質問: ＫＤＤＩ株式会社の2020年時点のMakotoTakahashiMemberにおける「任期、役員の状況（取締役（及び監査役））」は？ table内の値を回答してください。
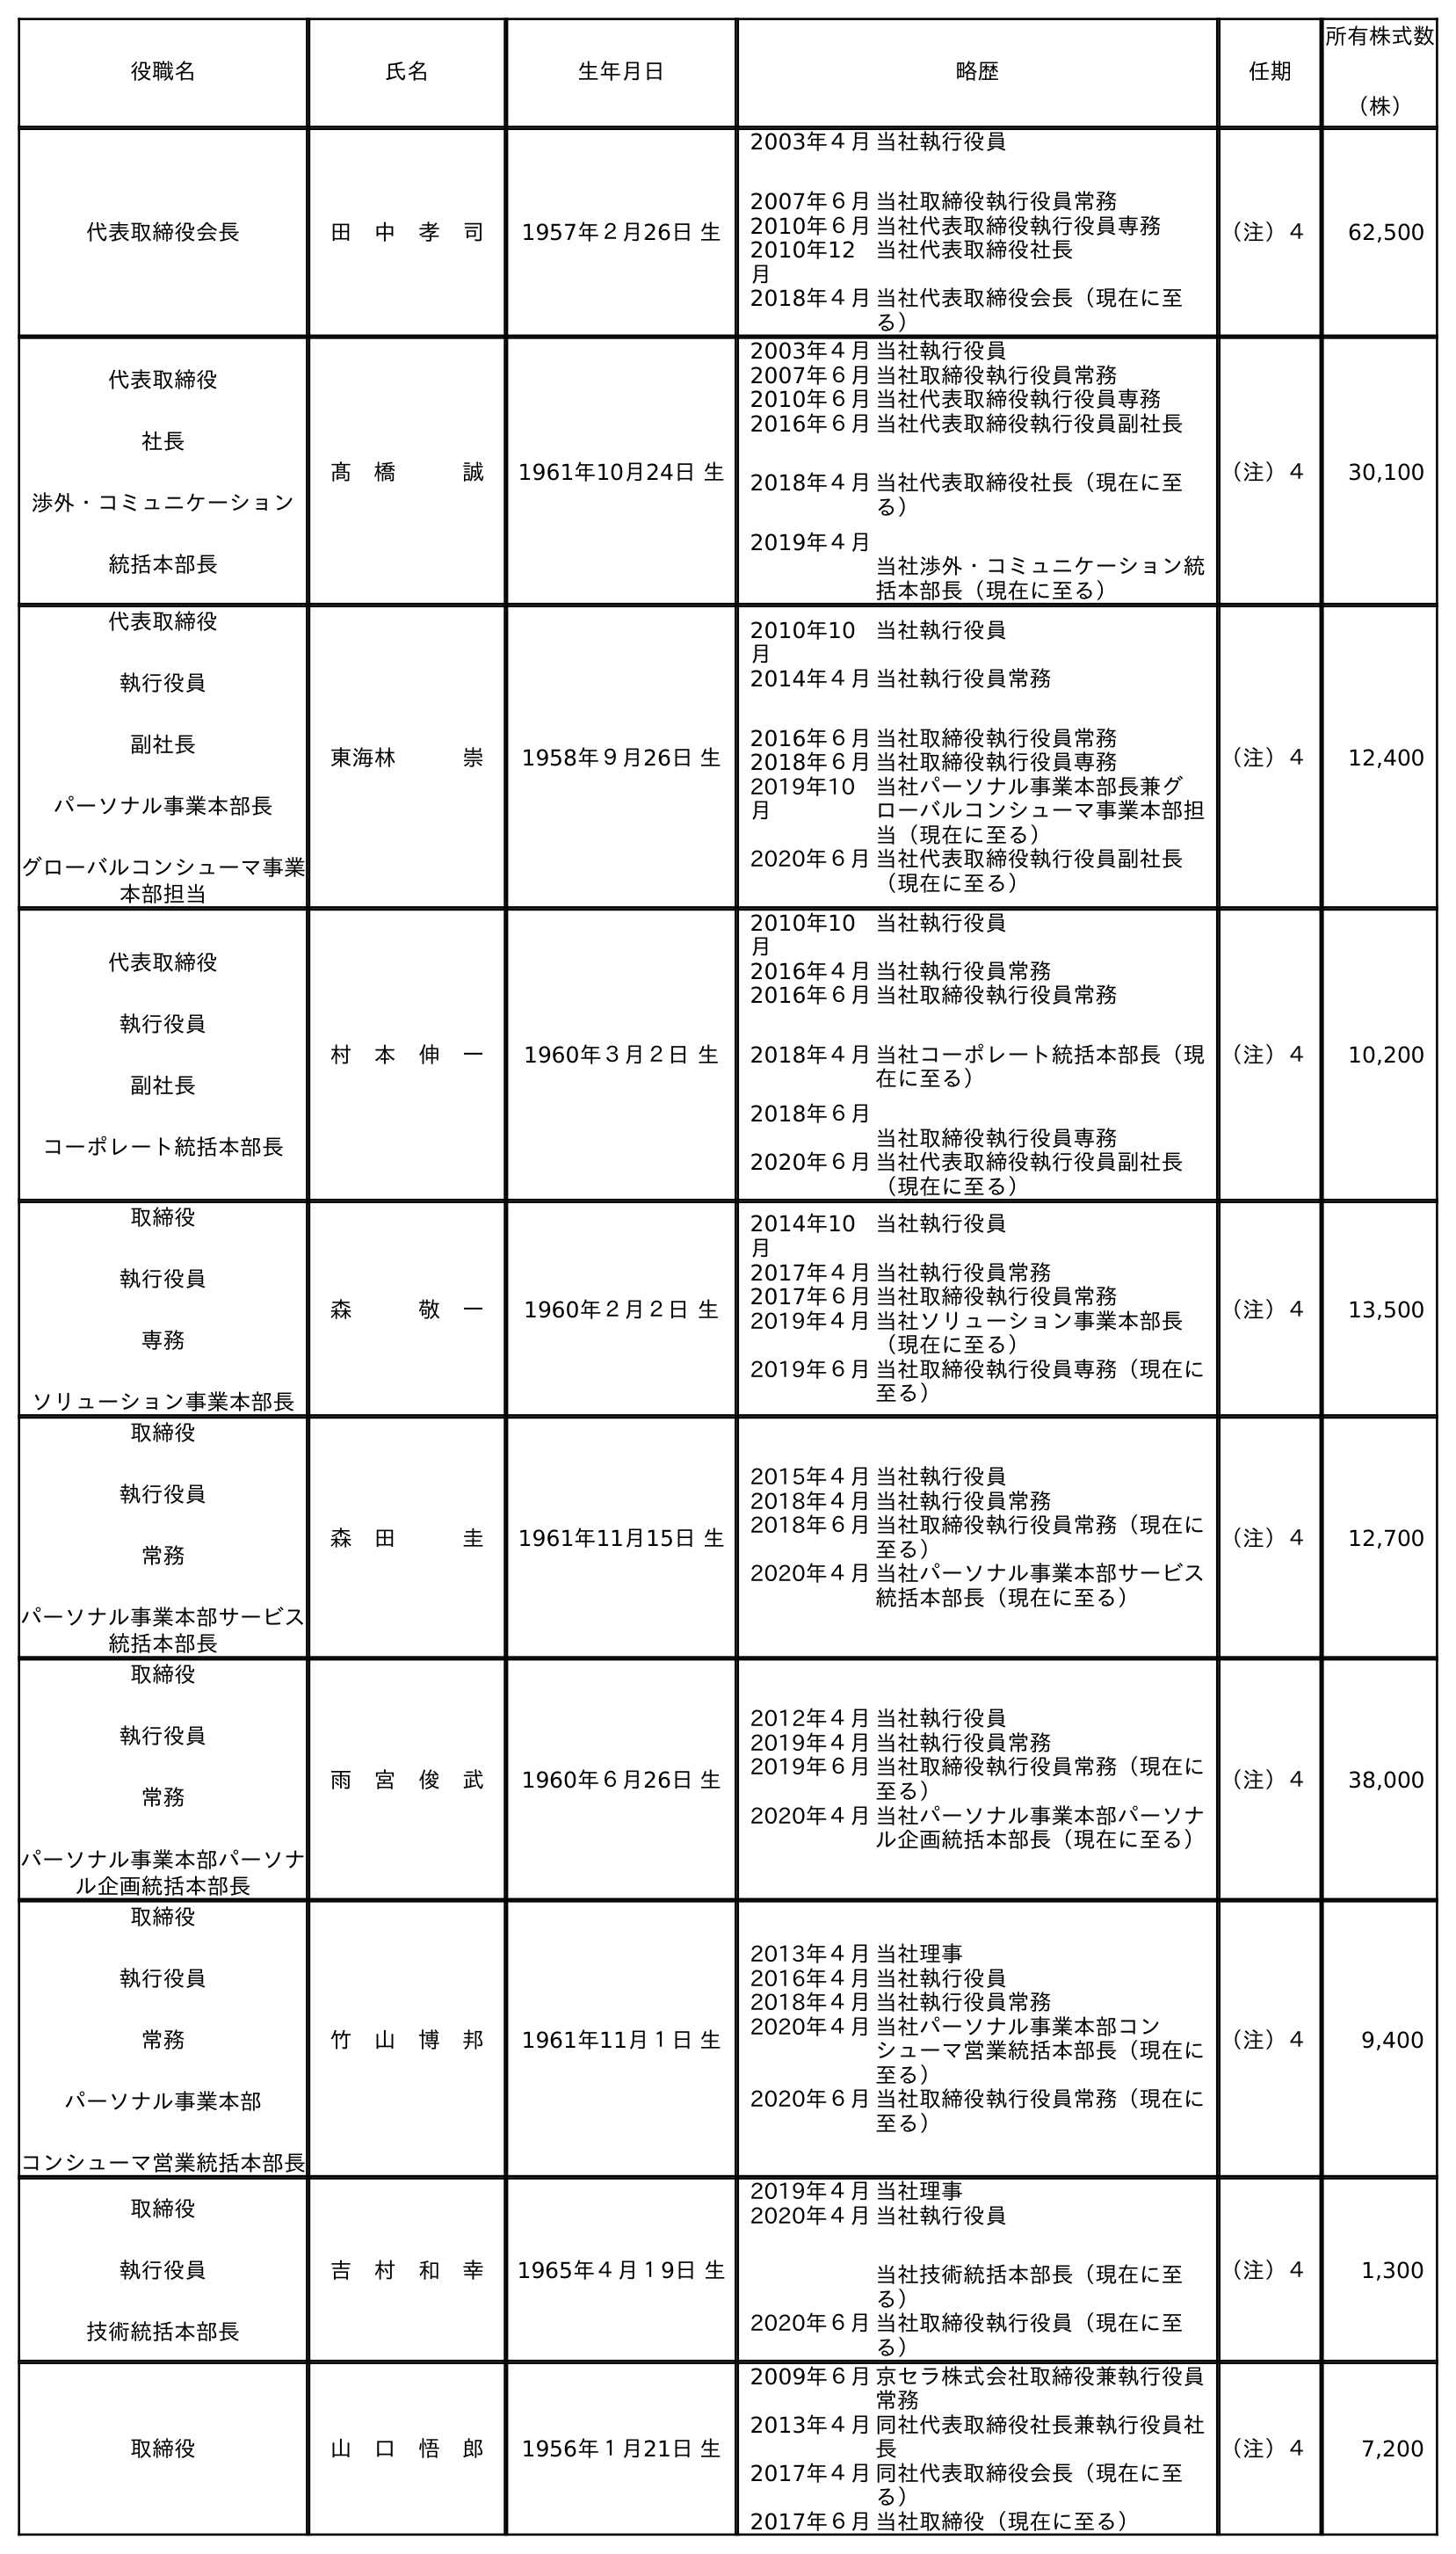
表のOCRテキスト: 役職名 氏名 生年月日 略歴 任期 所有株式数 （株） 代表取締役会長 田 中 孝 司 1957年２月26日 生 2003年４月 2007年６月 当社執行役員 当社取締役執行役員常務 2010年６月当社代表取締役執行役員専務 2010年12 月 当社代表取締役社長 2018年４月当社代表取締役会長（現在に至 る） （注）４ 62,500 代表取締役 社長 渉外・コミュニケーション 統括本部長 髙 橋   誠 1961年10月24日 生 2003年４月当社執行役員 2007年６月当社取締役執行役員常務 2010年６月当社代表取締役執行役員専務 2016年６月 2018年４月 2019年４月 当社代表取締役執行役員副社長 当社代表取締役社長（現在に至 る） 当社渉外・コミュニケーション統 括本部長（現在に至る） （注）４ 30,100 代表取締役 執行役員 副社長 パーソナル事業本部長 グローバルコンシューマ事業 本部担当 東海林   崇 1958年９月26日 生 2010年10 月 当社執行役員 2014年４月 2016年６月 当社執行役員常務 当社取締役執行役員常務 2018年６月当社取締役執行役員専務 2019年10 月 当社パーソナル事業本部長兼グ ローバルコンシューマ事業本部担 当（現在に至る） 2020年６月当社代表取締役執行役員副社長 （現在に至る） （注）４ 12,400 代表取締役 執行役員 副社長 コーポレート統括本部長 村 本 伸 一 1960年３月２日 生 2010年10 月 当社執行役員 2016年４月当社執行役員常務 2016年６月 2018年４月 2018年６月 当社取締役執行役員常務 当社コーポレート統括本部長（現 在に至る） 当社取締役執行役員専務 2020年６月当社代表取締役執行役員副社長 （現在に至る） （注）４ 10,200 取締役 執行役員 専務 ソリューション事業本部長 森   敬 一 1960年２月２日 生 2014年10 月 当社執行役員 2017年４月当社執行役員常務 2017年６月当社取締役執行役員常務 2019年４月当社ソリューション事業本部長 （現在に至る） 2019年６月当社取締役執行役員専務（現在に 至る） （注）４ 13,500 取締役 執行役員 常務 パーソナル事業本部サービス 統括本部長 森 田   圭 1961年11月15日 生 2015年４月当社執行役員 2018年４月当社執行役員常務 2018年６月当社取締役執行役員常務（現在に 至る） 2020年４月当社パーソナル事業本部サービス 統括本部長（現在に至る） （注）４ 12,700 取締役 執行役員 常務 パーソナル事業本部パーソナ ル企画統括本部長 雨 宮 俊 武 1960年６月26日 生 2012年４月当社執行役員 2019年４月当社執行役員常務 2019年６月当社取締役執行役員常務（現在に 至る） 2020年４月当社パーソナル事業本部パーソナ ル企画統括本部長（現在に至る） （注）４ 38,000 取締役 執行役員 常務 パーソナル事業本部 コンシューマ営業統括本部長 竹 山 博 邦 1961年11月１日 生 2013年４月当社理事 2016年４月当社執行役員 2018年４月当社執行役員常務 2020年４月当社パーソナル事業本部コン シューマ営業統括本部長（現在に 至る） 2020年６月当社取締役執行役員常務（現在に 至る） （注）４ 9,400 取締役 執行役員 技術統括本部長 吉 村 和 幸 1965年４月１9日 生 2019年４月当社理事 2020年４月当社執行役員 当社技術統括本部長（現在に至 る） 2020年６月当社取締役執行役員（現在に至 る） （注）４ 1,300 取締役 山 口 悟 郎 1956年１月21日 生 2009年６月京セラ株式会社取締役兼執行役員 常務 2013年４月同社代表取締役社長兼執行役員社 長 2017年４月同社代表取締役会長（現在に至 る） 2017年６月当社取締役（現在に至る） （注）４ 7,200
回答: （注）４